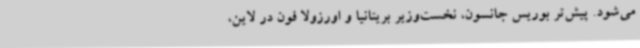
می‌شود. پیش‌تر بوریس جانسون، نخست‌وزیر بریتانیا و اورزولا فون در لاین،